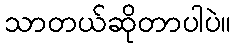
သာတယ်ဆိုတာပါပဲ။